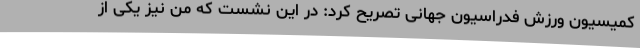
کمیسیون ورزش فدراسیون جهانی تصریح کرد: در این نشست که من نیز یکی از